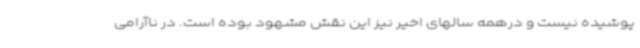
پوشیده نیست و درهمه سالهای اخیر نیز این نقش مشهود بوده است. در ناآرامی